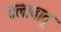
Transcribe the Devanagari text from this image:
तलावातू